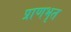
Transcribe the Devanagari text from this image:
प्राणभृत